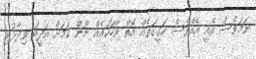
ނަމަވެސް އެއީ އެއްވެސް ހަގީގަތެއް އޮތް ވާހަކައެއް ނޫން ކަމަށް އަދީބު ވިދާޅުވި